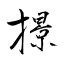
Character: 撔